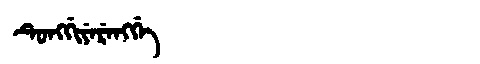
Manchu: ᡨᡠᠩᡤᡳᠶᡝᡵᡝᠩᡤᡝ
Romanization: TUNGGIYERENGGE